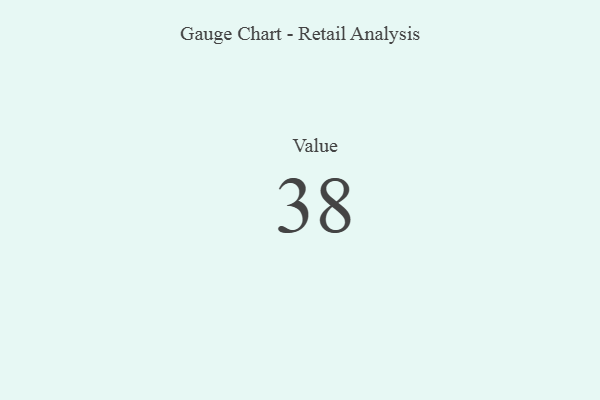
{"axis": {"x": "Metric", "y": "Value"}, "legend": [""], "data": [{"x": "Value", "y": 38, "type": ""}]}